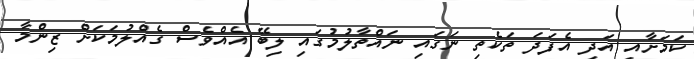
ކަމަށާއި އަދި އެފަދަ ތަކެތި ނަގައި ނައްތާލުމުގައި ލިބޭ އެއްވެސް ގެއްލުމަކަށް ޒިންމާ